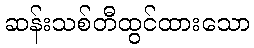
ဆန်းသစ်တီထွင်ထားသော